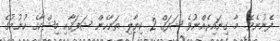
ފެނުނެވެ. މާ ގިނައިރެއްނުވެ ޝަފަޤް 2 ކިޔާލި ތަނާހެން ޝަފަޤާއި މިޝްކާގެ ހުނުމުގެ